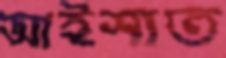
আইসাত